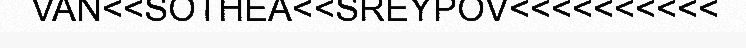
VAN<<SOTHEA<<SREYPOV<<<<<<<<<<